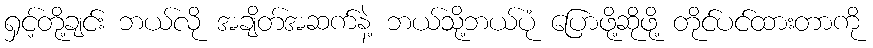
ရှင့်တို့ချင်း ဘယ်လို အချိတ်အဆက်နဲ့ ဘယ်သို့ဘယ်ပုံ ပြောဖို့ဆိုဖို့ တိုင်ပင်ထားတာကို